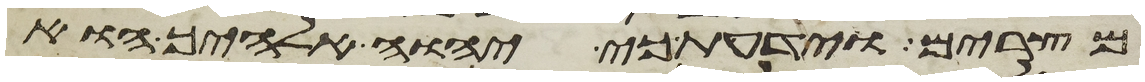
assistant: מצרים וידעת כי יהוה אלהיך הוא